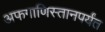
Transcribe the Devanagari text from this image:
अफगाणिस्तानपर्यंत